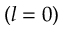
( l = 0 )